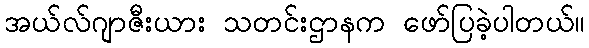
အယ်လ်ဂျာဇီးယား သတင်းဌာနက ဖော်ပြခဲ့ပါတယ်။